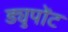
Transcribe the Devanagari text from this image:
ड्युपोंट